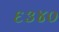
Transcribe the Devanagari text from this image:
६३४०